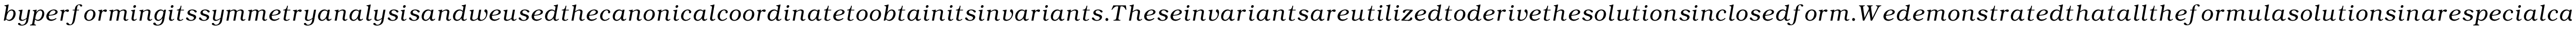
b y p e r f o r m i n g i t s s y m m e t r y a n a l y s i s a n d w e u s e d t h e c a n o n i c a l c o o r d i n a t e t o o b t a i n i t s i n v a r i a n t s . T h e s e i n v a r i a n t s a r e u t i l i z e d t o d e r i v e t h e s o l u t i o n s i n c l o s e d f o r m . W e d e m o n s t r a t e d t h a t a l l t h e f o r m u l a s o l u t i o n s i n a r e s p e c i a l c a s e s o f o u r f i n d i n g s . S o m e c o n d i t i o n s f o r e x i s t e n c e o f